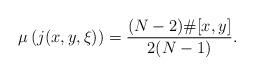
LaTeX: \begin{align*}\mu\left(j(x,y,\xi)\right)=\frac{(N-2)\#[x,y]}{2(N-1)}.\end{align*}